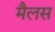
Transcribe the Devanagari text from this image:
मैलस